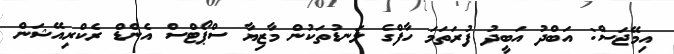
އިމޭޖަސް: އަބްދު އަބީދު ފުރަތަމަ ހާފްގެ ލަނޑުތަކުން މާޒިޔާ ސްޕޯޓްސް އެންޑް ރެކްރިއޭޝަން